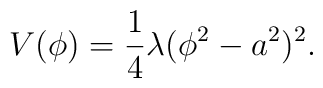
V(\phi)= \frac {1}{4} \lambda (\phi^{2}-a^{2})^{2}.